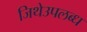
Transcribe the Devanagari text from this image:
जिथेउपलब्ध